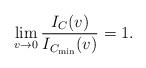
LaTeX: \begin{align*}\lim_{v\to 0}\frac{I_C(v)}{I_{C_{\min}}(v)}=1.\end{align*}